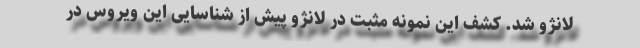
لانژو شد. کشف این نمونه مثبت در لانژو پیش از شناسایی این ویروس در